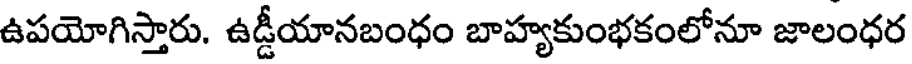
ఉపయోగిస్తారు. ఉడ్డీయానబంధం బాహ్యకుంభకంలోనూ జాలంధర